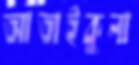
আতাইকুলা